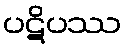
ပဋိပဿ